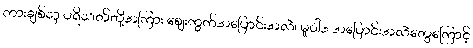
ကားချစ်သူ ပရိသတ်တို့အကြား စျေးကွက်အပြောင်းအလဲ၊ မူဝါဒ အပြောင်းအလဲတွေကြောင့်